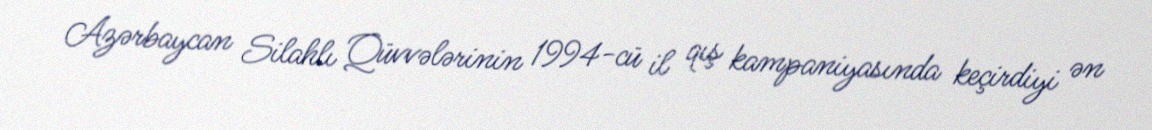
Azərbaycan Silahlı Qüvvələrinin 1994-cü il qış kampaniyasında keçirdiyi ən